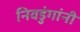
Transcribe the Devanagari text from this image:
निवडुंगांनी